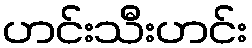
ဟင်းသီးဟင်း